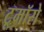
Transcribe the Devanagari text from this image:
टूमॉरो